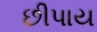
છીપાય